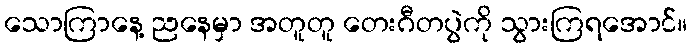
သောကြာနေ့ ညနေမှာ အတူတူ တေးဂီတပွဲကို သွားကြရအောင်။